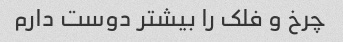
چرخ و فلک را بیشتر دوست دارم